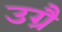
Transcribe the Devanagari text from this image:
उग्रै